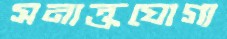
সনাক্তযোগ্য